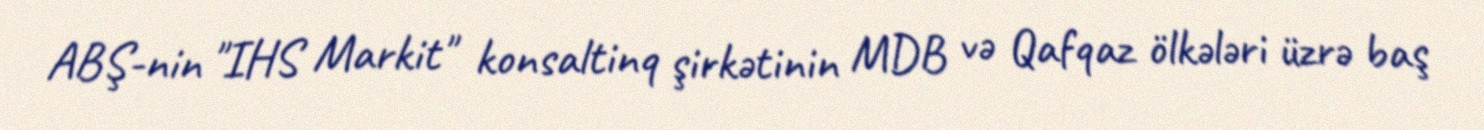
ABŞ-nin "IHS Markit" konsaltinq şirkətinin MDB və Qafqaz ölkələri üzrə baş